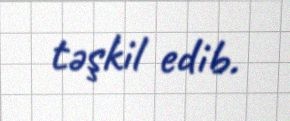
təşkil edib.